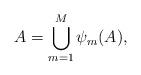
LaTeX: \begin{align*} A = \bigcup_{m=1}^M \psi_m(A),\end{align*}